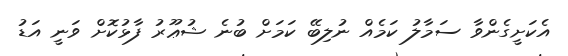
އެކަށީގެންވާ ސަމާލު ކަމެއް ނުލިބޭ ކަމަށް ބުނެ ޝުޢޫރު ފާޅުކޮށް ވަނީ އަޑު